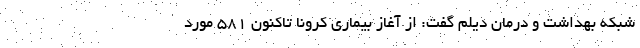
شبکه بهداشت و درمان دیلم گفت: از آغاز بیماری کرونا تاکنون ۵۸۱ مورد